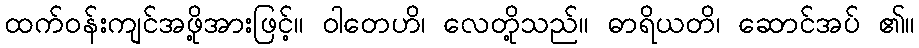
ထက်ဝန်းကျင်အဖို့အားဖြင့်။ ဝါတေဟိ၊ လေတို့သည်။ ဓာရိယတိ၊ ဆောင်အပ် ၏။